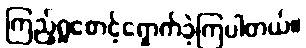
ကြည့်ရှုစောင့်ရှောက်ခဲ့ကြပါတယ်။